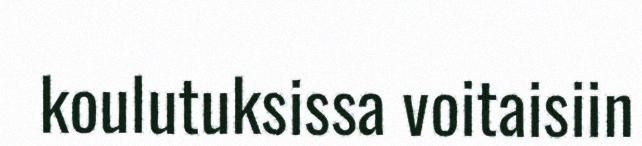
koulutuksissa voitaisiin